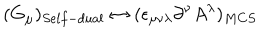
( G _ { \mu } ) _ { S e l f - d u a l } \leftrightarrow ( \epsilon _ { \mu \nu \lambda } \partial ^ { \nu } A ^ { \lambda } ) _ { M C S }